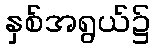
နှစ်အရွယ်၌